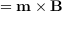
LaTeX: \mathbf { \tau } = \mathbf { m } \times \mathbf { B }